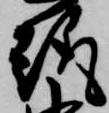
趣